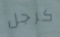
كرجل